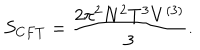
LaTeX: S _ { C F T } = \frac { 2 \pi ^ { 2 } N ^ { 2 } T ^ { 3 } V ^ { ( 3 ) } } { 3 } .